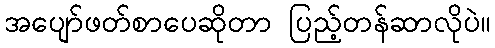
အပျော်ဖတ်စာပေဆိုတာ ပြည့်တန်ဆာလိုပဲ။